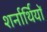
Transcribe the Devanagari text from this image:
शर्नार्थियों